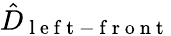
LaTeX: \hat{D}_{\mathrm{~l~e~f~t~-~f~r~o~n~t~}}